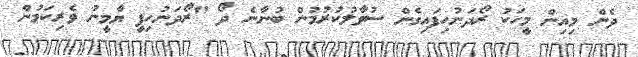
ދެން މިއިން މީހަކު ރޯދަނުހިފައިގެން ސުވާލުކުރުމުން ބުނާނެ ދޯ "ރޯދަނުހިފީ ޔާމީނު ވެރިކަމުން